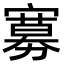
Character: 𡫌